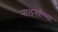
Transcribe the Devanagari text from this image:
नालस्तीच्या